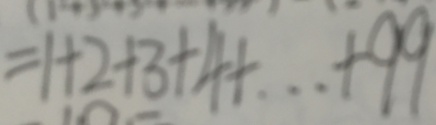
= 1 + 2 + 3 + 4 + \cdots + 9 9